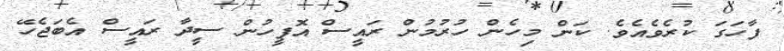
ފާހަގަ ކުރެވެއެވެ. ކަން މިހެން ހުރުުމުން ރައީސް އޮފީހުން ސީދާ ރައީސް އެބަޖެހޭ